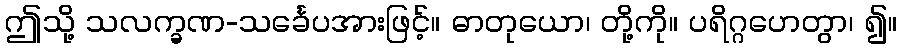
ဤသို့ သလက္ခဏ-သင်္ခေပအားဖြင့်။ ဓာတုယော၊ တို့ကို။ ပရိဂ္ဂဟေတွာ၊ ၍။